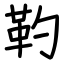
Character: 靮